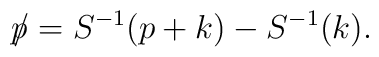
\hbox{$p\mkern-8mu/\mkern 0mu$}=S^{-1}(p+k)-S^{-1}(k).